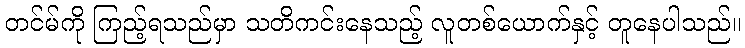
တင်မ်ကို ကြည့်ရသည်မှာ သတိကင်းနေသည့် လူတစ်ယောက်နှင့် တူနေပါသည်။